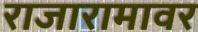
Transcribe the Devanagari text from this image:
राजारामावर